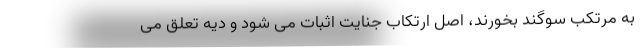
به مرتکب سوگند بخورند، اصل ارتکاب جنایت اثبات می شود و دیه تعلق می